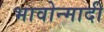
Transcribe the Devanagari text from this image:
भावोन्मादी